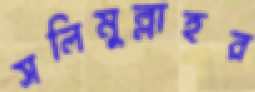
সলিমুল্লাহর